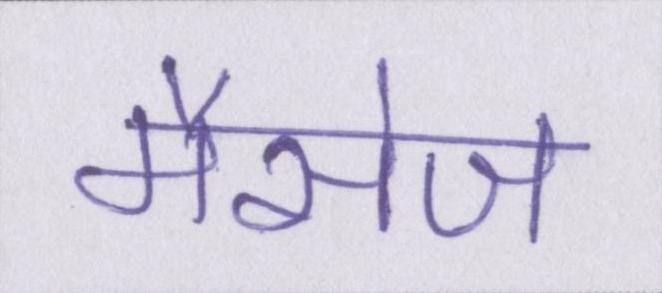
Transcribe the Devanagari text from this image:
मैसेज